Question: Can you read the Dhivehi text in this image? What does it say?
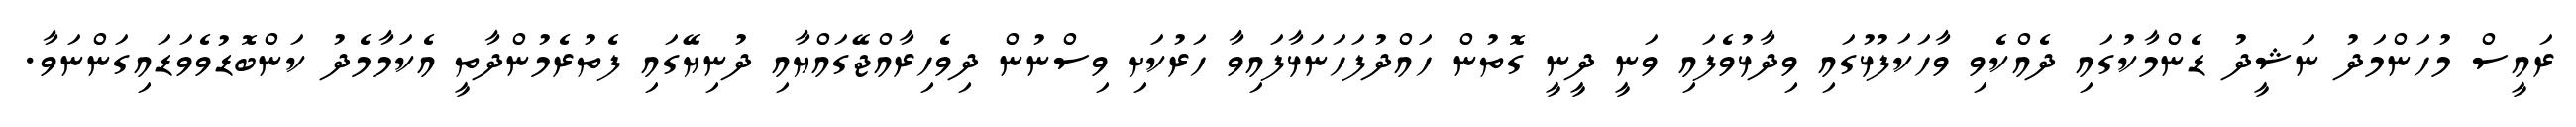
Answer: ރައީސް މުހަންމަދު ނަޝީދު ޑެންމާކުގައި ދެއްކެވި ވާހަކަފުޅުގައި ވިދާޅުވެފައި ވަނީ ދީނީ ގޮތުން ހައްދުފަހަނަޅާފައިވާ ހަރުކަށި ވިސްނުން ދިވެހިރާއްޖޭގައްޔާއި ދުނިޔޭގައި ފެތުރެމުންދާތީ އެކަމާމެދު ކަންބޮޑުވެވަޑައިގަންނަވާ.